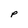
Character: p